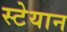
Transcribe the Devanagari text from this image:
स्टेयान